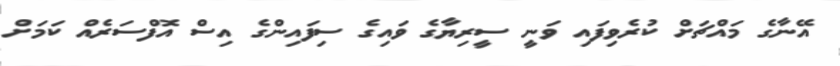
އޭނާގެ މައްޗަށް ކުރެވިފައި ވަނީ ސީރިޔާގެ ވައިގެ ސިފައިންގެ އިސް އޮފްސަރެއް ކަމަށް